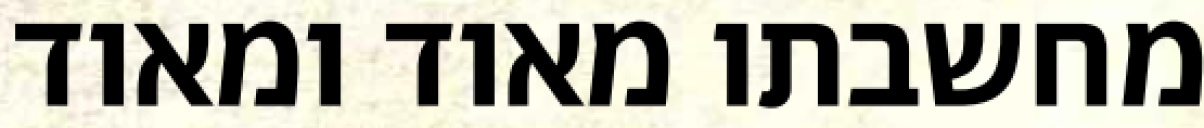
מחשבתו מאוד ומאוד